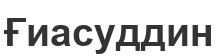
Ғиасуддин